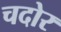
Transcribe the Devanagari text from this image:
चदोर